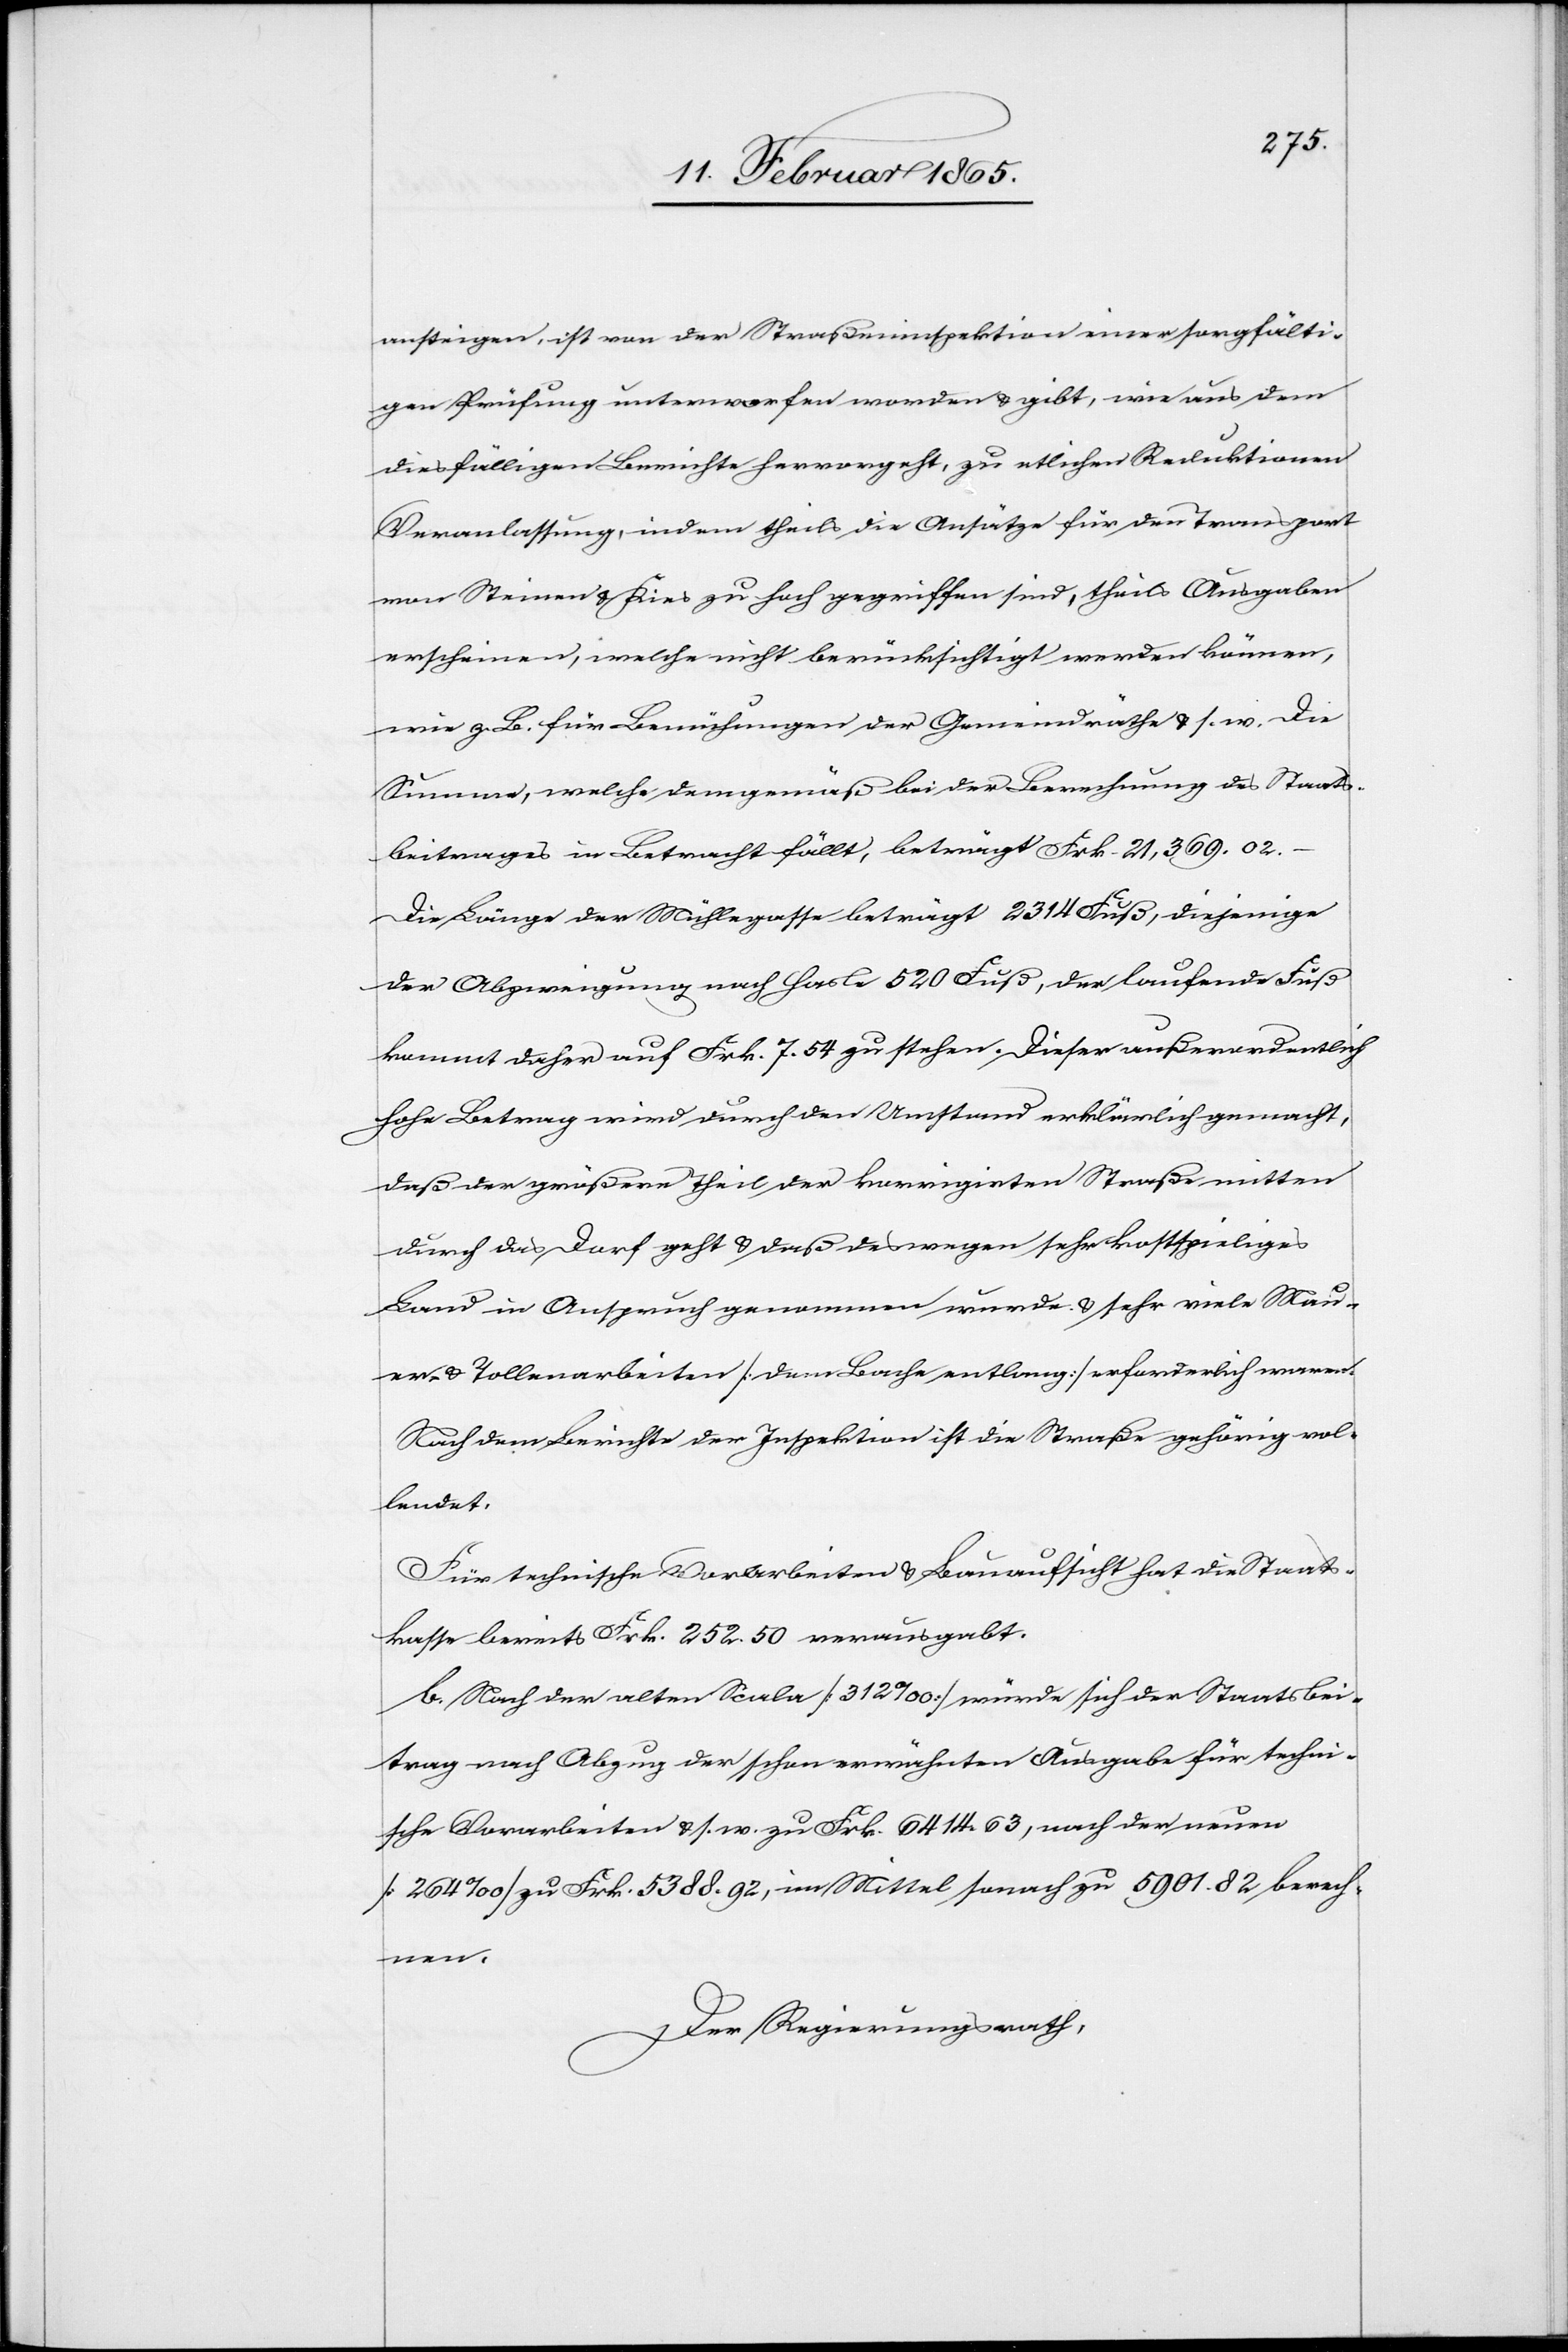
ansteigen, ist von der Straßeninspektion einer sorgfälti¬
gen Prüfung unterworfen worden u. gibt, wie aus dem
diesfälligen Berichte hervorgeht, zu etlichen Reduktionen
Veranlassung, indem theils die Ansätze für den Transport
von Steinen u. Kies zu hoch gegriffen sind, theils Ausgaben
erscheinen, welche nicht berücksichtigt werden können,
wie z. B. für Bemühungen der Gemeindräthe u. s. w. Die
Summe, welche demgemäß bei der Berechnung des Staats¬
beitrages in Betracht fällt, beträgt Frk. 21,369. 02.
Die Länge der Mühlegasse beträgt 2314 Fuß, diejenige
der Abzweigung nach Hasle 520 Fuß, der laufende Fuß
kommt daher auf Frk. 7. 54 zu stehen. Dieser außerordentlich
hohe Betrag wird durch den Umstand erklärlich gemacht,
daß der größere Theil der korrigirten Straße mitten
durch das Dorf geht u. daß deswegen sehr kostspieliges
Land in Anspruch genommen wurde u. sehr viele Maur¬
er- u. Tollenarbeiten [dem Bache entlang] erforderlich waren.
Nach dem Berichte der Inspektion ist die Straße gehörig vol¬
lendet.
Für technische Vorarbeiten u. Bauaufsicht hat die Staats¬
kasse bereits Frk. 252. 50 verausgabt.
b. Nach der alten Scala [312 ‰] würde sich der Staatsbei¬
trag nach Abzug der schon erwähnten Ausgabe für techni¬
sche Vorarbeiten u. s. w. zu Frk. 6414. 63, nach der neuen
[264 ‰] zu Frk. 5388. 92, im Mittel sonach zu 5901. 82 berech¬
nen.
Der Regierungsrath,